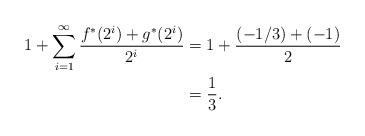
LaTeX: \begin{align*}1+\sum_{i=1}^\infty\frac{f^*(2^i)+g^*(2^i)}{2^i}&=1+\frac{(-1/3)+(-1)}{2}\\&=\frac{1}{3}.\end{align*}